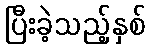
ပြီးခဲ့သည့်နှစ်